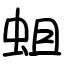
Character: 蛆